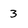
Character: 3